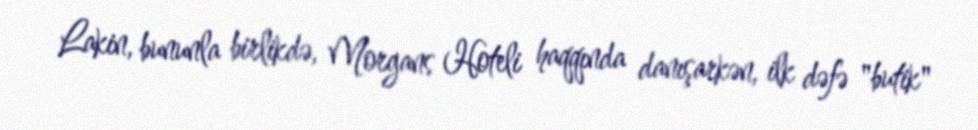
Lakin, bununla birlikdə, Morgans Hoteli haqqında danışarkən, ilk dəfə "butik"